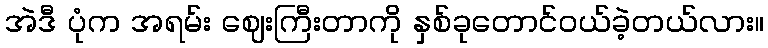
အဲဒီ ပုံက အရမ်း ဈေးကြီးတာကို နှစ်ခုတောင်ဝယ်ခဲ့တယ်လား။